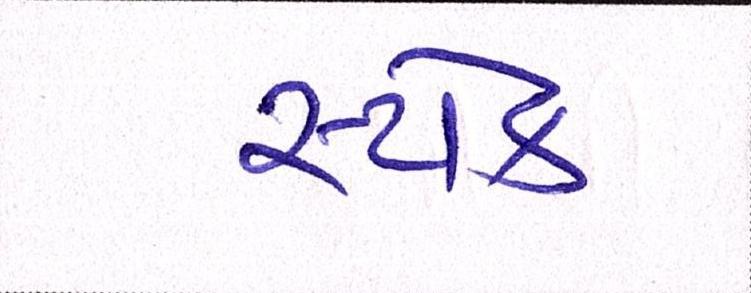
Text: સ્ટોક